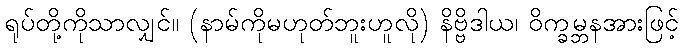
ရုပ်တို့ကိုသာလျှင်။ (နာမ်ကိုမဟုတ်ဘူးဟူလို) နိဗ္ဗိဒါယ၊ ဝိက္ခမ္ဘနအားဖြင့်